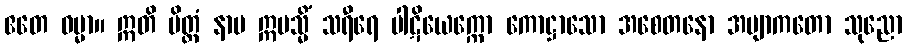
ဧတေ ဓမ္မာ။ ဣတိ ပိတ္တံ နာမ ဣမသ္မိံ သရီရေ ပါဋိယေက္ကော ကောဋ္ဌာသော အစေတနော အဗျာကတော သုညော